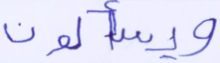
ويسألون